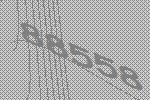
88558